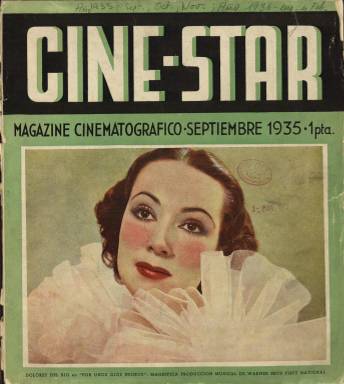
Título: Cine-star (Barcelona)
Otros títulos: Cine star
Colección: Cine
Ámbito geográfico: Barcelona
Lugar de publicación: Barcelona
Fechas: 01/09/1935-29/02/1936

Magazine mensual cinematográfico es el subtítulo de esta revista propiedad de Editorial Brisas, que aparecerá el día quince de cada mes, a partir de septiembre de 1935. Antonio Pamies Teulén, aparece como director-gerente; Lorenzo Villalonga, como director-literario; J. Estiarte, director-artístico; su editor es A. Vich y el responsable de la composición tipográfica, G. Román. José María Galofré -que fue su redactor jefe- firma el artículo de Salutación, en el que señala que la revista estará dedicada principalmente al cinema, convertido ya en un “espectáculo selecto”, gracias a las grandes producciones de la industria norteamericana de Hollywood, que “perfeccionó su técnica y prestó a sus realizaciones un esplendor material jamás igualado”, esparciendo “sus radiaciones por el mundo entero”, y a las cinematografías europeas, como la alemana y francesa, por lo que en sus páginas recogerá las “palpitaciones de este mundo nuevo”: estrenos de películas, proyectos, crítica, biografías de las principales figuras de la pantalla o anécdotas . Aun así, también se interesará por toda clase de actividades artísticas, como la literaria, la moda o la decoración, incluyendo una Página de Arte.

Sus entregas, en torno al medio centenar de páginas, compuestas a una, dos o tres columnas, y estampadas en buen papel de impresión, llevan una cubierta a varias tintas de color, ocupada por retratos de estrellas del cine, como Dolores del Río, Maurice Chevalier o Jeanette MacDonald, entre otras. Sus páginas interiores también van ilustradas con numerosos fotograbados en blanco y negro de actrices y actores o de planos o escenas de los rodajes de películas; así como de modelos en su sección dedicada a Modas. La revista dice estar en “relación con todas las grandes casas productores del mundo entero”, y muchas de sus fotografías proceden de Columbia, Paramount, Warner Bros, Foxfilm o Universal, entre otras. Inserta también una destacada publicidad comercial, dedicada a productos de consumo de calidad, como perfumes o cava, y a salas de exhibición, laboratorios o productoras cinematográficas y de estrenos de películas. Así mismo, una serie de dibujantes publican otros retratos o caricaturas de actores famosos de cine o teatro, como de algunos anuncios de películas del momento, como Jacint Bofarull (1903-1977), Emili Grau Sala (1911-1975), Pere Bosch Gimpera (1891-1974) o David Santsalvador (1909-1938).

Tiene también dos secciones dedicadas al teatro; uno al de Madrid, que firma Jacinto Grau, y otro al de Barcelona, por Andrés A. Artís. Entre sus redactores o colaboradores aparecen, además, Francesc Xavier Gibert (que escribe sobre cine amateur), Josep Palau, Sebastià Gasch, Mario Viamonte Fernández, Ignacio Simó, Leonardo Sandoval, Juan Antonio Díez, Miriam Guzmán, Claudio Erolas, Elisabetd Mulder, Albert Dupuy, Andrés Juahsz, J. Fandor, A. M. Ferry, o H.H. de Caviedes, entre otros. Aparecen textos sobre Greta Garbo, Marléne Dietrich, Charles Laughton, Shirley Temple, Charles Chaplin, Frank Capra o Catalina Bárcena; sobre la actividad de productoras, como la Universal, Metro o Metro Goldwing Mayer, y los estrenos de sus películas; sobre los actores y el cine japonés, el francés o el indio; sobre los filmes musicales o los noticiarios cinematográficos; sobre películas españolas, como Es mi hombre, de Benito Perojo; e incluirá una sección bajo el epígrafe Resumen mensual de los films estrenados, firmada por Aristarco.

La misma editorial venía publicando, desde 1934, en Palma de Mallorca, la revista mensual ilustrada de arte, literatura, modas y deportes con el título Brisas, que contaba con el mismo cuadro de dirección que la revista Cine-star. Esta indica Barcelona como lugar de su administración y redacción, así como domicilios también en Madrid y en la citada Palma de Mallorca. En diciembre de 1935 no se publicará, así que el número 4, corresponde a enero de 1935. Su colección en la Biblioteca Nacional de España alcanza hasta el número 5, de febrero. Pudo seguir publicándose, al menos, hasta julio. En su trabajo de 2001, Joaquim Romaguera i Ramió señala, que entre 1935 y 1936, editó 16 números.